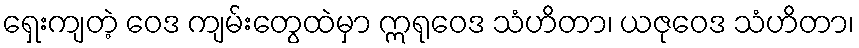
ရှေးကျတဲ့ ဝေဒ ကျမ်းတွေထဲမှာ ဣရုဝေဒ သံဟိတာ၊ ယဇုဝေဒ သံဟိတာ၊